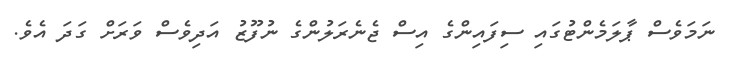
ނަމަވެސް ޕާލަމެންޓުގައި ސިފައިންގެ އިސް ޖެނެރަލުންގެ ނުފޫޒު އަދިވެސް ވަރަށް ގަދަ އެވެ.